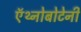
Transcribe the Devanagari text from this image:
ऍथ्नोबोटेनी